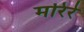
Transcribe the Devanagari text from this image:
मरिरे